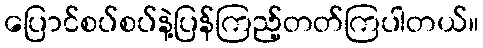
ပြောင်စပ်စပ်နဲ့ပြန်ကြည့်တတ်ကြပါတယ်။